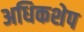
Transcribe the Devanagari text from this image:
अधिकशेप